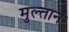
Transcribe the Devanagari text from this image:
मुल्‍तान